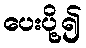
ပေးပို့၍